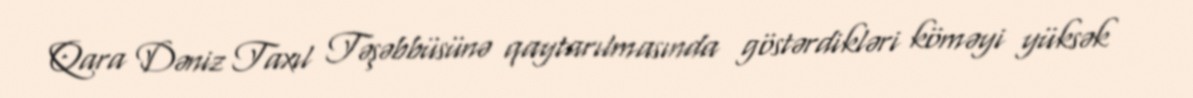
Qara Dəniz Taxıl Təşəbbüsünə qaytarılmasında göstərdikləri köməyi yüksək